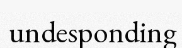
undesponding